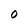
Character: O